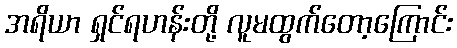
အရိယာ ရှင်ရဟန်းတို့ လူမထွက်တော့ကြောင်း